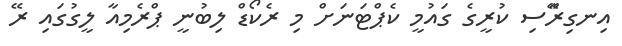
އިނގިރާޭސި ކުރީގެ ގައުމީ ކެޕްޓަނަށް މި ރެކޯޑް ލިބުނީ ޕްރެމިއާ ލީގުގައި ރޭ